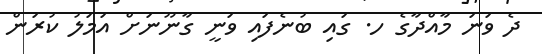
ދެ ވަނަ މާއްދާގެ ހ. ގައި ބުނެފައި ވަނީ ގާނޫނަށް އަމަލު ކުރަން